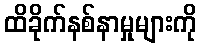
ထိခိုက်နစ်နာမှုများကို